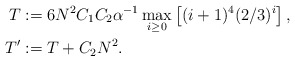
\begin{align*}T&:=6 N^2 C_1 C_2 \alpha^{-1} \max_{i\ge 0}\left[ (i+1)^4(2/3)^i\right],\\T'&:=T+C_2N^2.\end{align*}